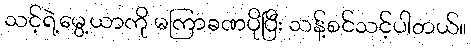
သင့်ရဲ့မွေ့ယာကို မကြာခဏပိုပြီး သန့်စင်သင့်ပါတယ်။